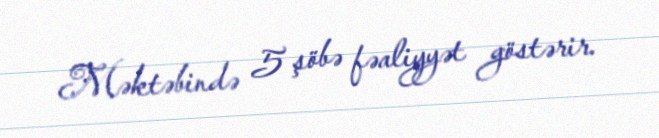
Məktəbində 5 şöbə fəaliyyət göstərir.